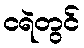
ငရဲတွင်